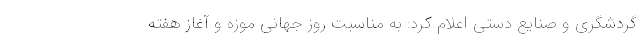
گردشگری و صنایع دستی اعلام کرد: به مناسبت روز جهانی موزه و آغاز هفته